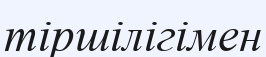
тіршілігімен